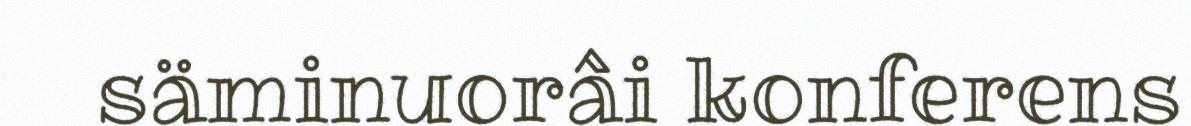
säminuorâi konferens